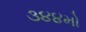
૩૪૪મો